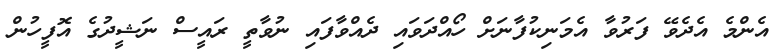
އެންމެ އެދެވޭ ފަރުވާ އެމަނިކުފާނަށް ހޯއްދަވައި ދެއްވާފައި ނުވާތީ ރައީސް ނަޝީދުގެ އޮފީހުން